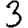
Digit: 3